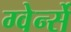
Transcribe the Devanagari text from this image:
ग्वेर्न्से